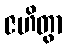
ဇဟိတွာ